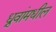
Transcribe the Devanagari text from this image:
ध्रुवांमधील